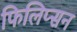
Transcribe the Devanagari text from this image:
फिलिप्सन